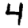
Digit: 4